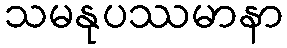
သမနုပဿမာနာ